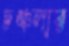
চঞ্চলার